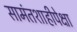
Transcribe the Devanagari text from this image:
सामंतशाहीपेक्षा